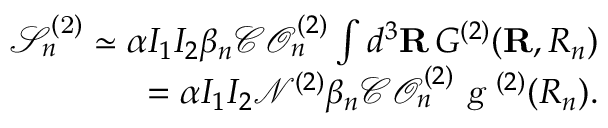
\begin{array} { r } { \mathcal { S } _ { n } ^ { ( \mathrm { 2 } ) } \simeq \alpha I _ { 1 } I _ { 2 } \beta _ { { n } } \mathcal { C O } _ { n } ^ { ( 2 ) } \int d ^ { 3 } \mathbf { R } \, { G ^ { ( 2 ) } } ( \mathbf { R } , R _ { n } ) } \\ { = \alpha I _ { 1 } I _ { 2 } \mathcal { N } ^ { ( 2 ) } \beta _ { n } \mathcal { C O } _ { n } ^ { ( 2 ) } \textsl { g } ^ { ( 2 ) } ( R _ { n } ) . } \end{array}